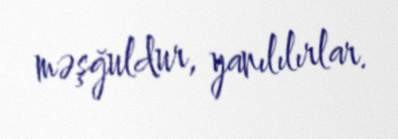
məşğuldur, yanılılırlar.